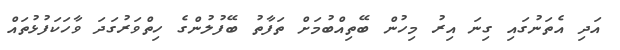
އަދި އެތަނުގައި ގިނަ އިރު މިހުން ބޭތިއްބުމަަށް ތަފާތު ބޭފުލުންގެ ހިތްވަރުގަދަ ވާހަކަފުޅުތައް